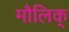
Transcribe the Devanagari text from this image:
मौलिक्